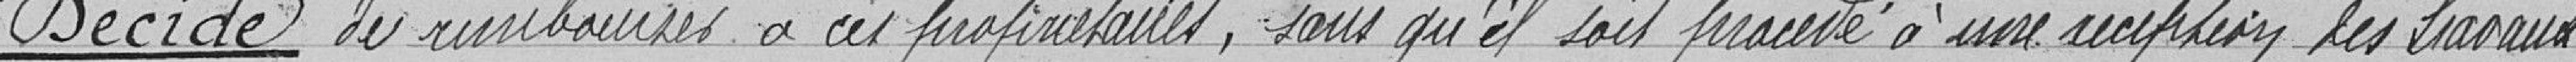
Décide de rembourser à ces propriétaires, sans qu'il soit procédé à une réception des travaux